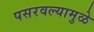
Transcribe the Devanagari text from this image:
पसरवल्यामुळे